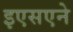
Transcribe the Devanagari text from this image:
इएसएने